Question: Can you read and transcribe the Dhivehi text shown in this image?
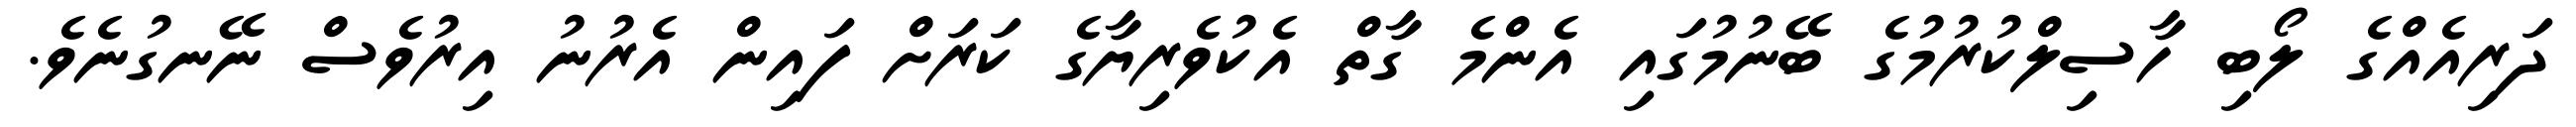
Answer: ދަރިއެއްގެ ލޯބި ހާސިލްކުރުމުގެ ބޭނުމުގައި އެންމެ ގާތް އެކުވެރިޔާގެ ކަރަށް ފައިން އެރުނު އިރުވެސް ނޭނގުނެވެ.